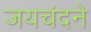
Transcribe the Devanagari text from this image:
जयचंदने